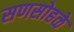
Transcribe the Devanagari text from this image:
सणसोहळे